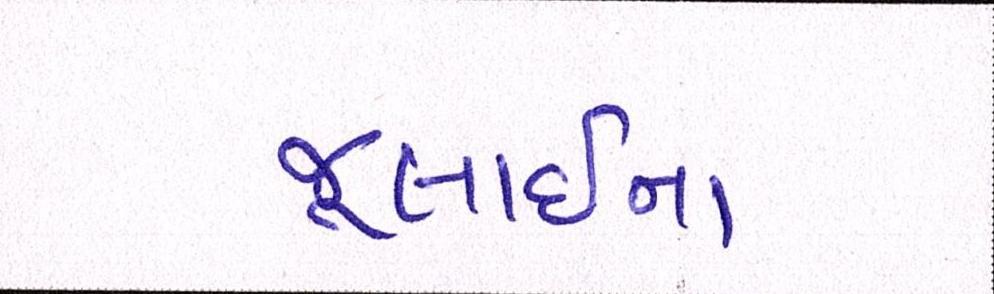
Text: જૂલાઈના